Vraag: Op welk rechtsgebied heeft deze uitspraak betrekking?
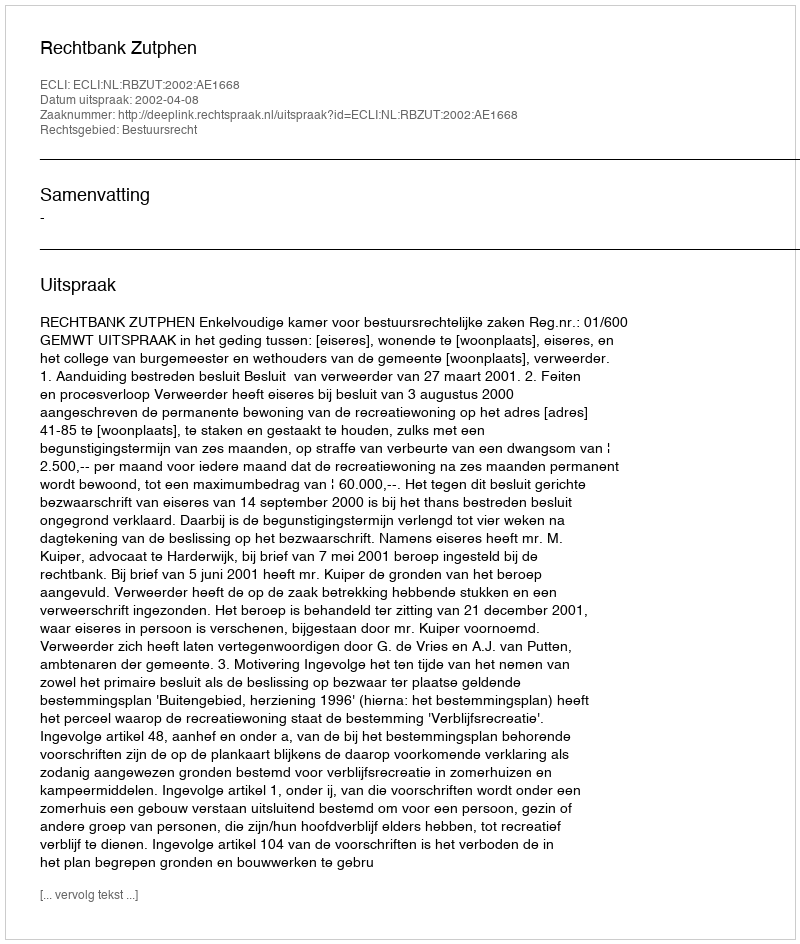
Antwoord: Bestuursrecht